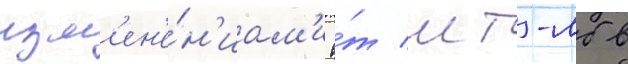
изм'ен'е́н'иам'и о́т мт-лб в